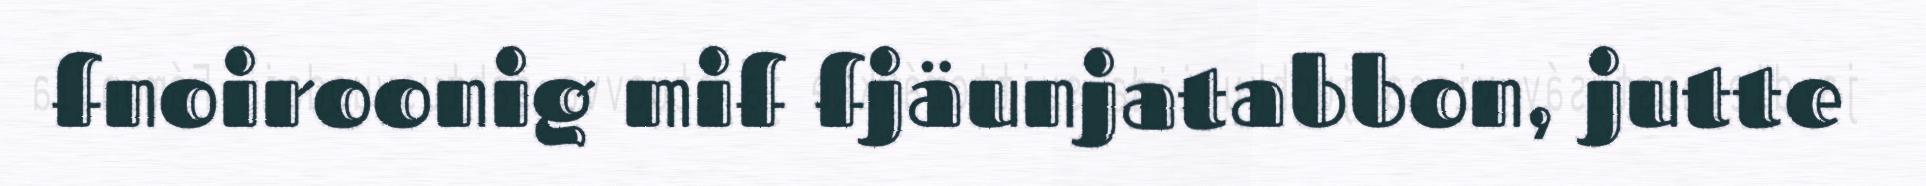
fnoiroonig mif fjäunjatabbon, jutte